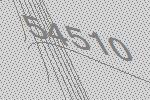
54510